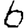
Digit: 6